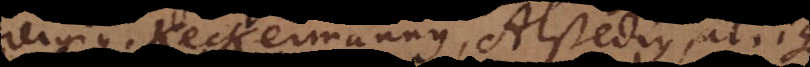
reigius, Keckermannus, Alstedius, al